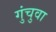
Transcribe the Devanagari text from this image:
गुंचुवा